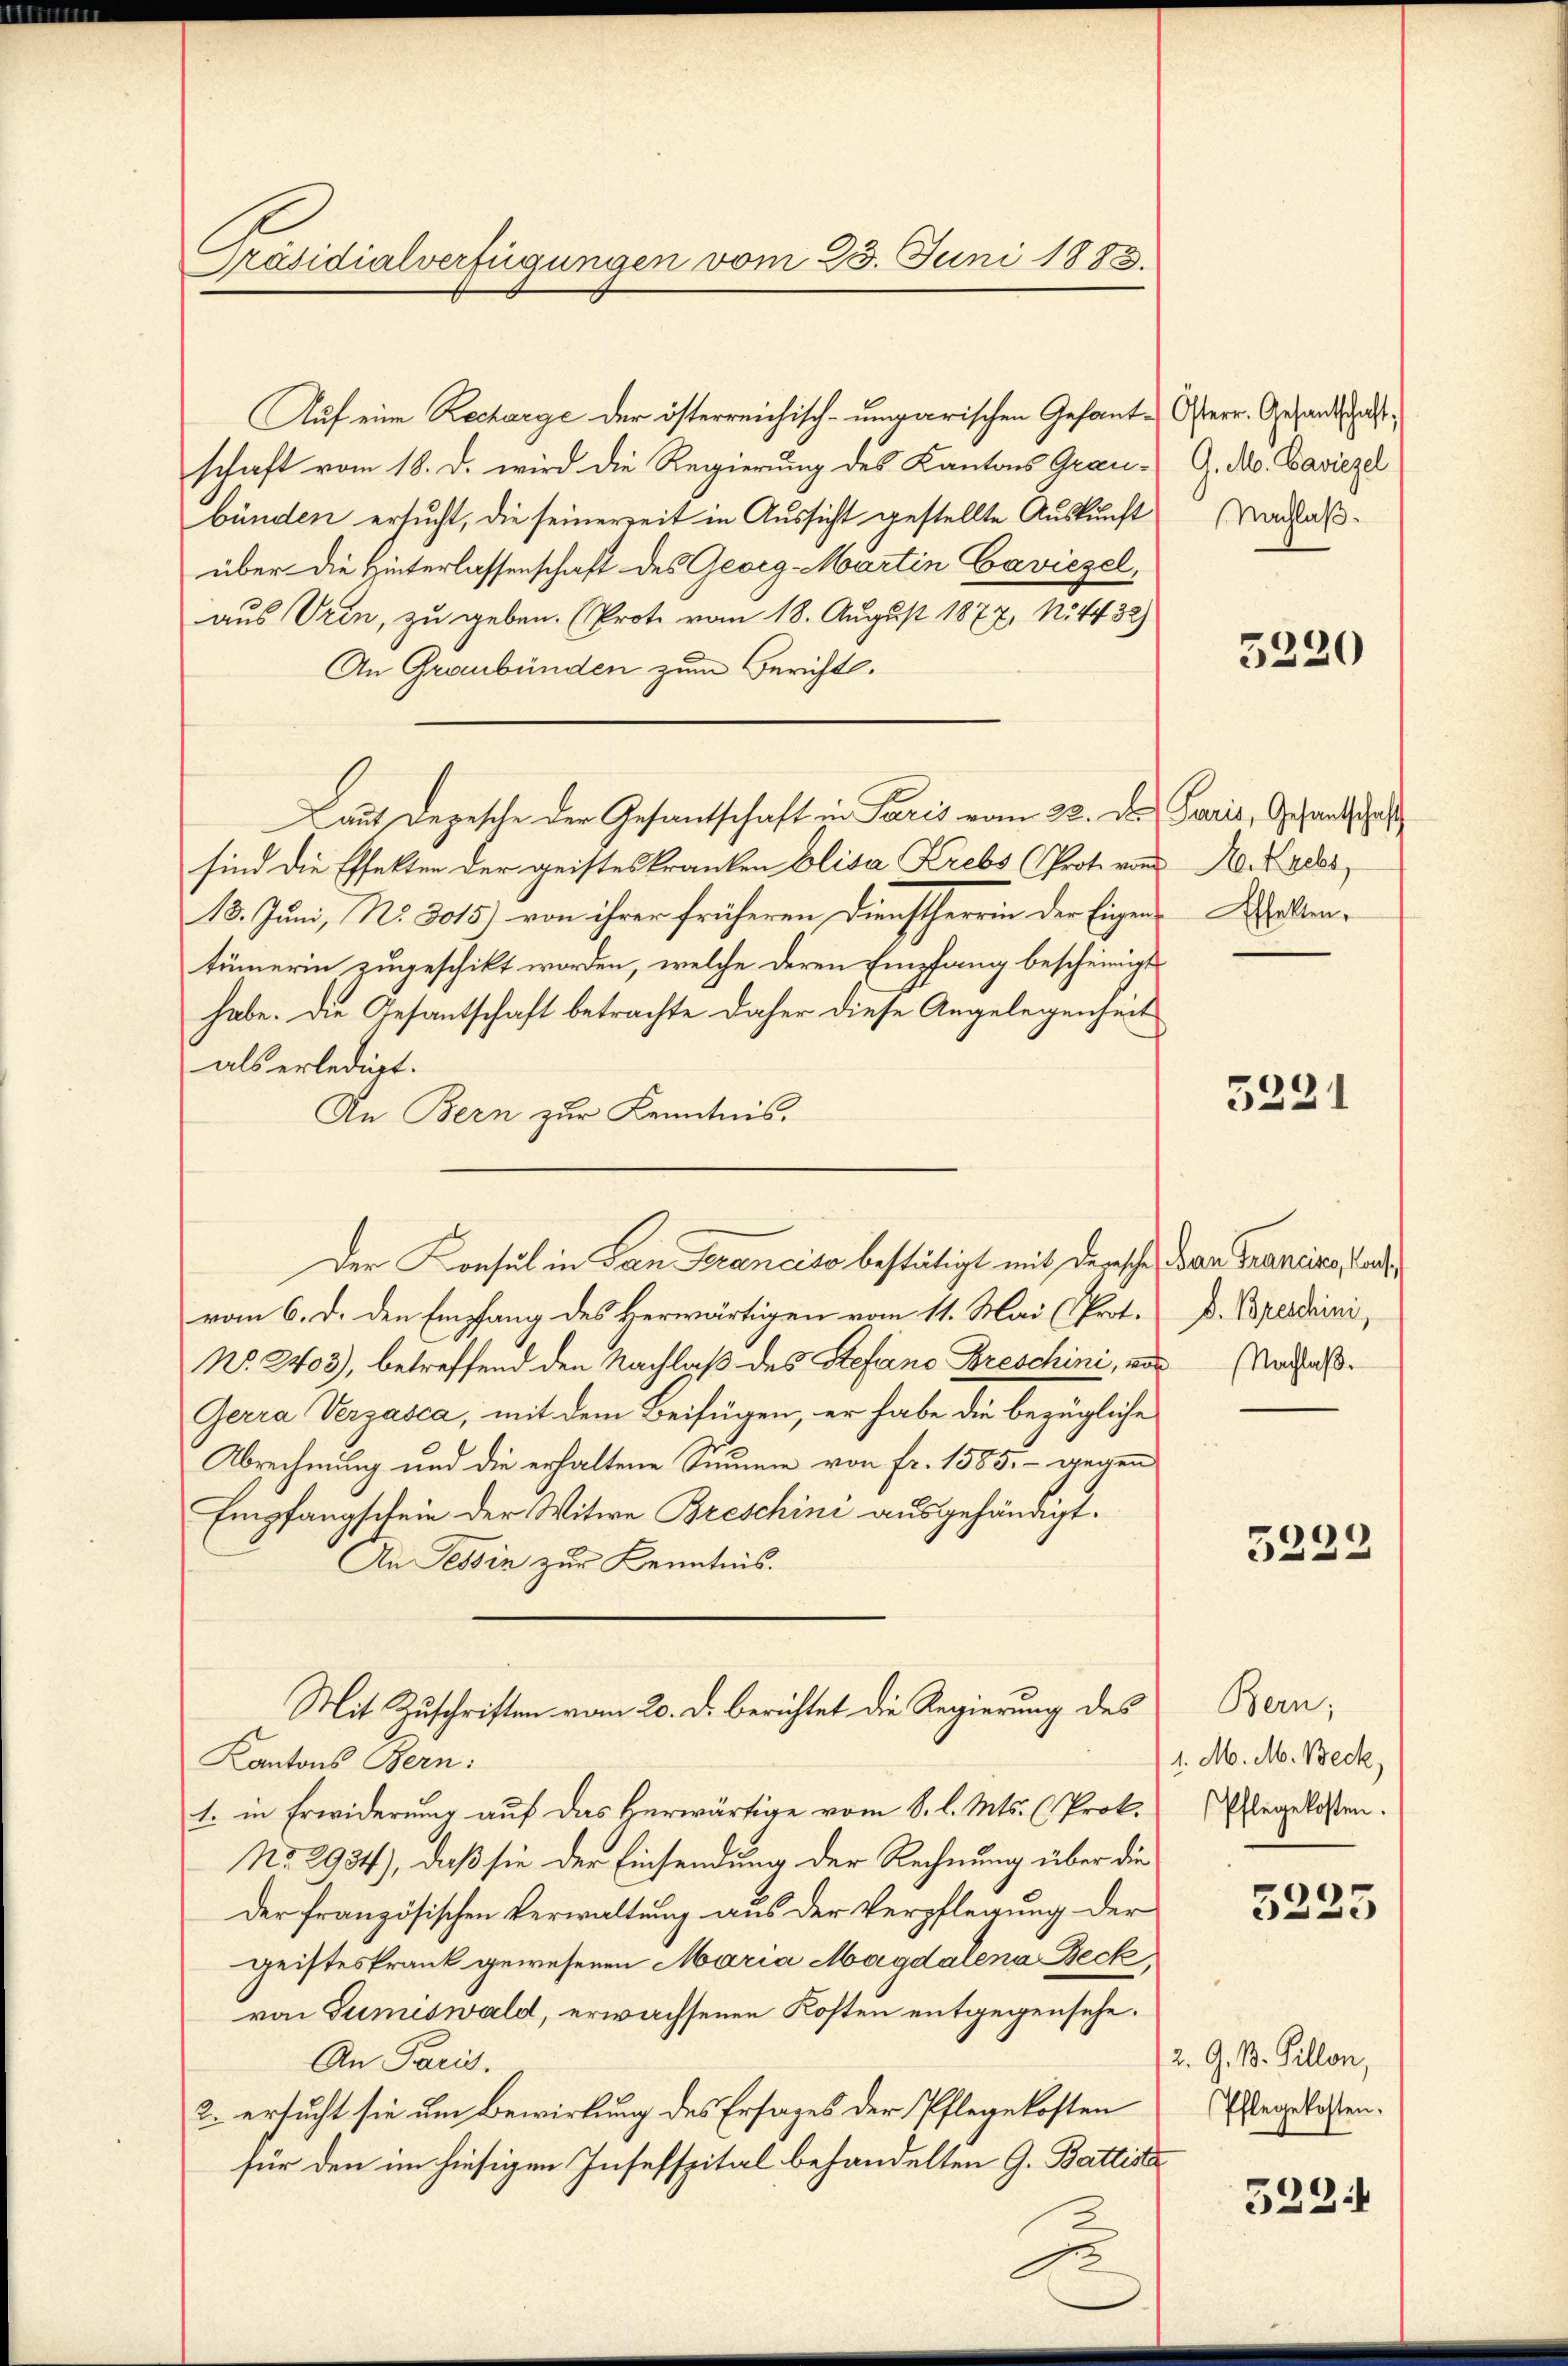
Präsidialverfügungen vom 25. Juni 1883.

Auf eine Recharge der österreichisch-ungarischen Gesantschaft vom 18. d. wird die Regierung des Kantons Grau-
bünden ersucht, die seinerzeit in Aussicht gestellte Auskunft
über die Hinterlassenschaft des Georg Martin Caviezel,
aus Vrin, zu geben. (Prote vom 18. August 1877, N. 4432)
An Graubünden zum Bericht.
Laut Depesche der Gesantschaft in Paris vom 22. Der Paris, Gesandschaft
sind die Effekten der geisteskranken Elisa Krebs (Prot. vom 10. 1888
18. Juni, No 3015) von ihrer früheren Dienstherrin der Eigen Walten,
tümerin zugeschikt worden, welche deren Empfang bescheinigt
habe. Die Gesantschaft betrachte daher diese Angelegenheit
als erledigt.
An Bern zur Kenntnis.
vom 6. d. den Empfang des Herwärtigen vom 11. Mai (Prot.
No. 2403), betreffend den Nachlaß des Stefano Breschini, vor Anlaß¬
Gerra Verzasca, mit dem Beifügen, er habe die bezügliche
Abrechnung und die erhaltene Summe von fr. 1585. - gegen
Empfangschein der Witwe Breschini ausgehändigt.
An Tessin zur Kenntnis.
Mit Zuschriften vom 20. d. berichtet die Regierung des
Kantons Bern:
1. in Erwiderung auf das herwärtige vom 8. l. Mts. (Prok.
No. 2934), daß sie der Einsendung der Rechnung über die
Der französischen Verwaltung aus der Verpflegung der
geisteskrank gewesenen Maria Magdalena Beck,
von Sumiswald, erwachsenen Kosten entgegensehe.
An Paris.
2. ersucht sie um Bewirkung des Ersages der Pflegekosten
für den im hiesigen Insefspital behandelten G. Battiste
u
.

Der Konsul in San Francito bestätigt mit dersche Dan Franciro, land

Osterr. Gesandtschaft,
G. M. Baviezel
Nachlaß.

5220

5221

d. Breschini,

5222

Bern,
1. M. M. Beck,
Pflegekosten.

5235

2. G. B. Gillon,
Pflegekosten.

5224